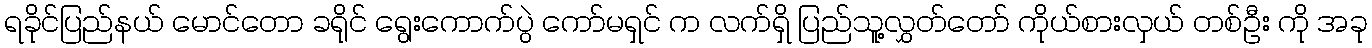
ရခိုင်ပြည်နယ် မောင်တော ခရိုင် ရွေးကောက်ပွဲ ကော်မရှင် က လက်ရှိ ပြည်သူ့လွှတ်တော် ကိုယ်စားလှယ် တစ်ဦး ကို အခု